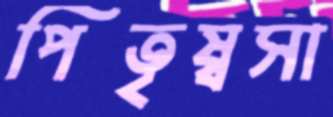
পিতৃষ্বসা